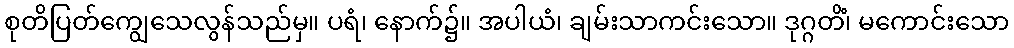
စုတိပြတ်ကျွေသေလွန်သည်မှ။ ပရံ၊ နောက်၌။ အပါယံ၊ ချမ်းသာကင်းသော။ ဒုဂ္ဂတိံ၊ မကောင်းသော